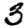
Digit: 3